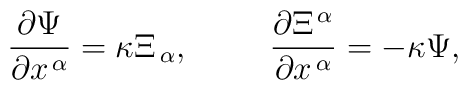
\frac{\partial\Psi}{\partial x^{\,\alpha}}=\kappa \Xi_{\,\alpha}, \hspace*{1cm}\frac{\partial \Xi^{\,\alpha}}{\partial x^{\,\alpha}}=-\kappa\Psi,